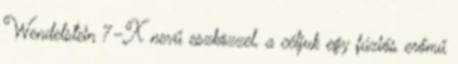
Wendelstein 7–X nevű eszközzel, a céljuk egy fúziós erőmű